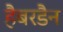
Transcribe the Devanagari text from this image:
हैबरडैन